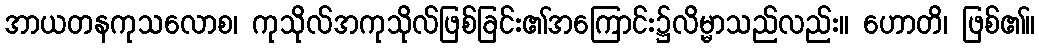
အာယတနကုသလောစ၊ ကုသိုလ်အကုသိုလ်ဖြစ်ခြင်း၏အကြောင်း၌လိမ္မာသည်လည်း။ ဟောတိ၊ ဖြစ်၏။